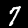
Digit: 7